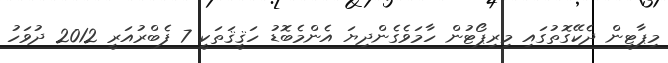
މިޕާޓީން ދެކޭގޮތުގައި މިރިޕޯޓުން ހާމަވެގެންދިޔަ އެންމެބޮޑު ހަޤީޤަތަކީ 7 ފެބްރުއަރީ 2012 ދުވަހު